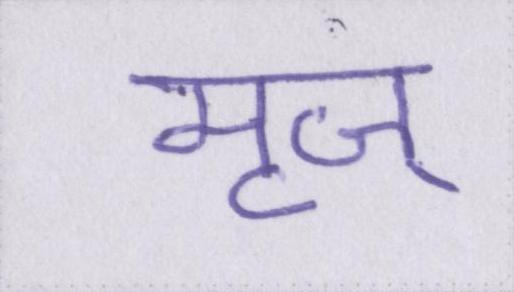
मृज्